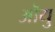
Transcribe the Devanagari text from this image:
ऒयु